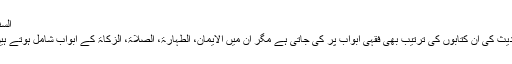
السنن
حدیث کی ان کتابوں کی ترتیب بھی فقہی ابواب پر کی جاتی ہے مگر ان میں الایمان، الطہارۃ، الصلاۃ، الزکاۃ کے ابواب شامل ہوتے ہیں۔